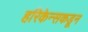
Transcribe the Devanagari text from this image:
हरिकेन्सकडून